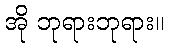
အို ဘုရားဘုရား။